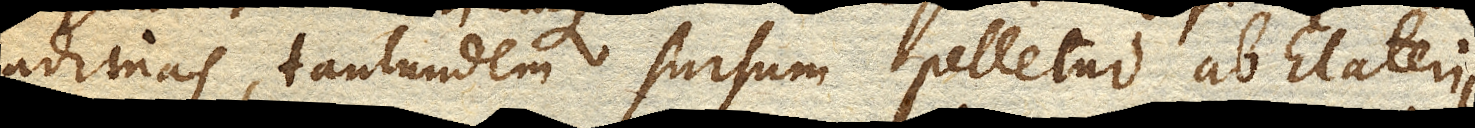
adimas, tantundem sursum pelletur ab Elaterii